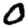
Digit: 0